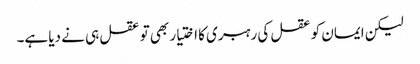
لیکن ایمان کو عقل کی رہبری کا اختیار بھی تو عقل ہی نے دیا ہے۔